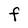
Character: F